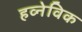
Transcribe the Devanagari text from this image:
हव्नेविक